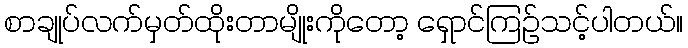
စာချုပ်လက်မှတ်ထိုးတာမျိုးကိုတော့ ရှောင်ကြဉ်သင့်ပါတယ်။